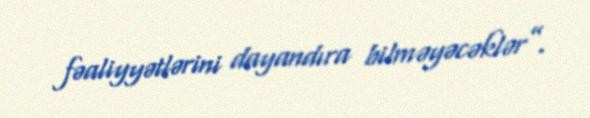
fəaliyyətlərini dayandıra bilməyəcəklər”.